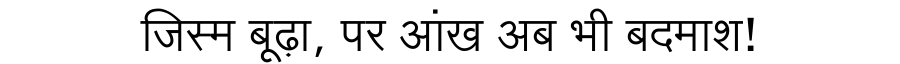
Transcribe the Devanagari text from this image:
जिस्म बूढ़ा, पर आंख अब भी बदमाश!